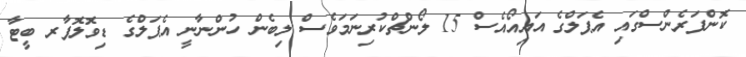
ކޮންފަރެންސްގައި އެޕަލްގެ އައިއޯއެސް 15 ލޯންޗްކުރިނަމަވެސް ލިބެން ހުންނާނީ އެޕަލްގެ ޑިވޮލޮޕާރ ބީޓާ